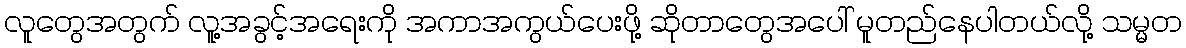
လူတွေအတွက် လူ့အခွင့်အရေးကို အကာအကွယ်ပေးဖို့ ဆိုတာတွေအပေါ် မူတည်နေပါတယ်လို့ သမ္မတ